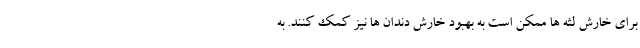
برای خارش لثه ها ممکن است به بهبود خارش دندان ها نیز کمک کنند. به